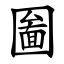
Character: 圗